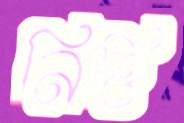
নিত্তি